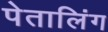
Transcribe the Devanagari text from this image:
पेतालिंग